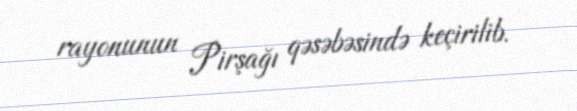
rayonunun Pirşağı qəsəbəsində keçirilib.